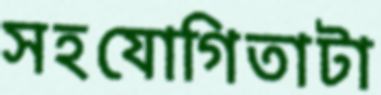
সহযোগিতাটা